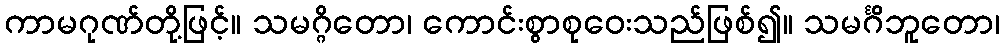
ကာမဂုဏ်တို့ဖြင့်။ သမဂ္ဂိတော၊ ကောင်းစွာစုဝေးသည်ဖြစ်၍။ သမင်္ဂိဘူတော၊